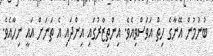
ބުނުމުން އޭނާގެ ހިތް އަވަސްވިއެވެ. އިންތިޒާރުގައި އިންދައި އެ ތަނަށް އައީ ނިހާއެވެ.